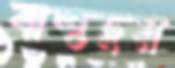
বাহুদ্বয়